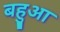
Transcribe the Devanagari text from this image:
बहुआ